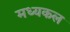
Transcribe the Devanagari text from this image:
मध्यकल